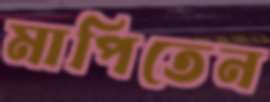
মাপিতেন